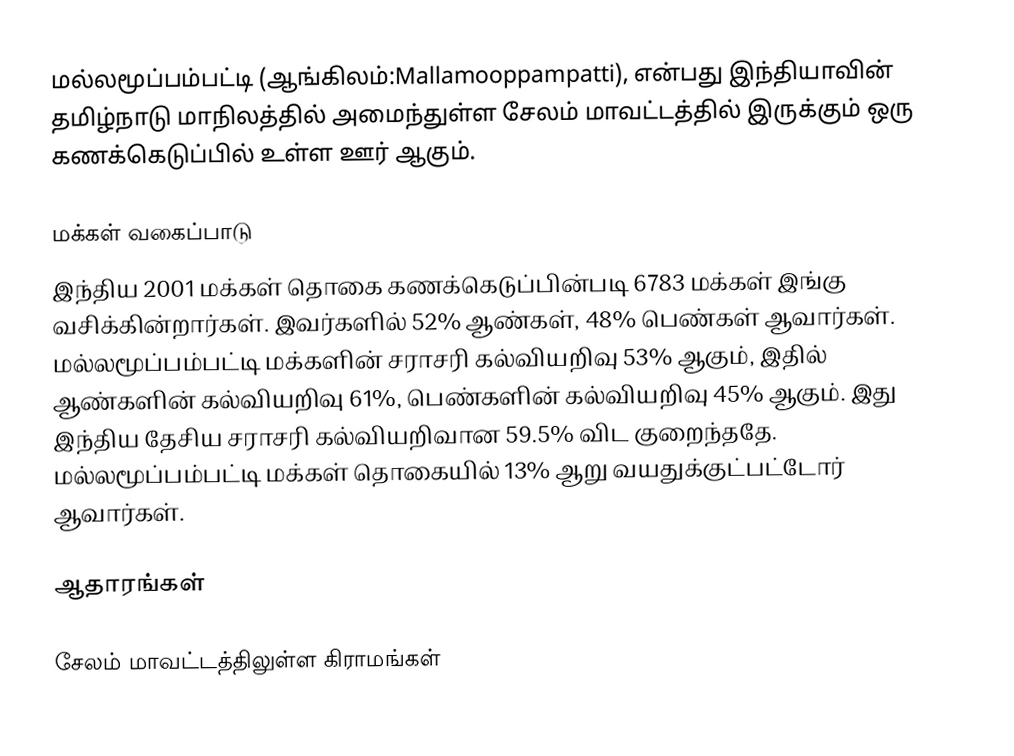
மல்லமூப்பம்பட்டி (ஆங்கிலம்:Mallamooppampatti), என்பது இந்தியாவின் தமிழ்நாடு மாநிலத்தில் அமைந்துள்ள சேலம் மாவட்டத்தில் இருக்கும் ஒரு கணக்கெடுப்பில் உள்ள ஊர் ஆகும்.

மக்கள் வகைப்பாடு
இந்திய 2001 மக்கள் தொகை கணக்கெடுப்பின்படி 6783 மக்கள் இங்கு வசிக்கின்றார்கள். இவர்களில் 52% ஆண்கள், 48% பெண்கள் ஆவார்கள். மல்லமூப்பம்பட்டி மக்களின் சராசரி கல்வியறிவு 53% ஆகும், இதில் ஆண்களின் கல்வியறிவு 61%, பெண்களின் கல்வியறிவு 45% ஆகும். இது இந்திய தேசிய சராசரி கல்வியறிவான 59.5% விட குறைந்ததே. மல்லமூப்பம்பட்டி மக்கள் தொகையில் 13% ஆறு வயதுக்குட்பட்டோர் ஆவார்கள்.

ஆதாரங்கள்

 சேலம் மாவட்டத்திலுள்ள கிராமங்கள்